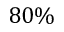
8 0 \%